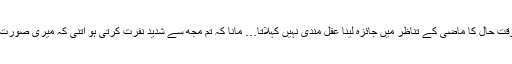
’’مانا کہ ماضی میں ہم سے بہت سی غلطیاں ہوئیں مگر ہر وقت حال کا ماضی کے تناظر میں جائزہ لینا عقل مندی نہیں کہلاتا… مانا کہ تم مجھ سے شدید نفرت کرتی ہو اتنی کہ میری صورت بھی نہیں دیکھنا چاہتی مگر میں تو تم سے نفرت نہیں کرتا۔